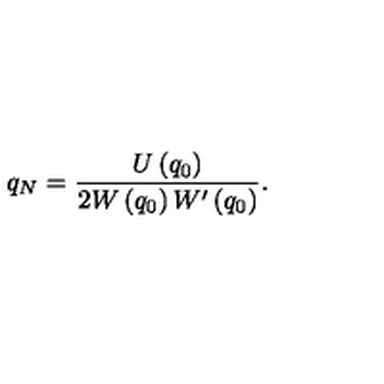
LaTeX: q _ { N } = \frac { U \left( q _ { 0 } \right) } { 2 W \left( q _ { 0 } \right) W ^ { \prime } \left( q _ { 0 } \right) } .